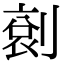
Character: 𠞬